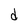
Character: d